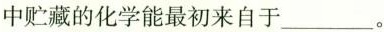
中贮藏的化学能最初来自于___。